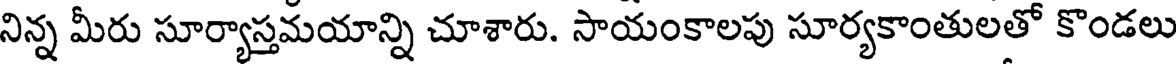
నిన్న మీరు సూర్యాస్తమయాన్ని చూశారు. సాయంకాలపు సూర్యకాంతులతో కొండలు